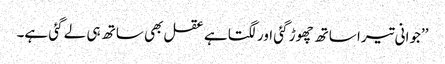
’’جوانی تیرا ساتھ چھوڑ گئی اور لگتا ہے عقل بھی ساتھ ہی لے گئی ہے۔